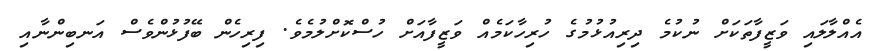
އެއްލާލައި ވަޒީފާތަކަށް ނުކުމެ ދިރިއުޅުމުގެ ހުރިހާކަމެއް ވަޒީފާއަށް ހުސްކޮށްލުމެވެ. ފިރިހެން ބޭފުޅުންވެސް އަނބިންނާއި